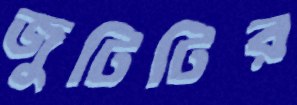
জুটিটির